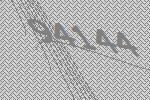
94144